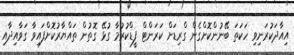
އިއާދަކުރަނިވި ހަކަތަ ބޭނުންކޮށްގެން ގްރިޑަށް ކަރަންޓް ފީޑްކުރުމާ ގުޅޭ ގޮތުން ތައްޔާރުކޮށްފައިވާ ގަވާއިދާއި